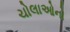
ચોલાઓનો